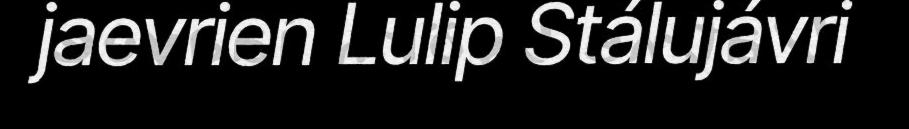
jaevrien Lulip Stálujávri